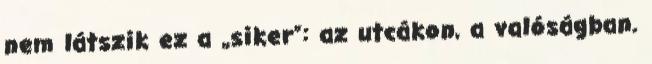
nem látszik ez a „siker”: az utcákon, a valóságban.